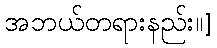
အဘယ်တရားနည်း။]